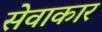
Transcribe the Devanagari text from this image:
सेवाकार